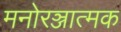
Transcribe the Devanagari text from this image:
मनोरञ्जात्मक